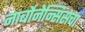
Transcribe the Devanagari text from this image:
नार्बोनेन्सिसचा